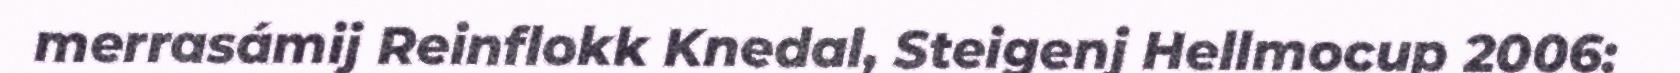
merrasámij Reinflokk Knedal, Steigenj Hellmocup 2006: